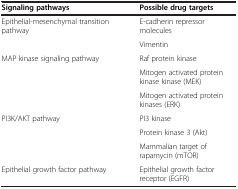
<table><thead><tr><td><b>Signaling pathways</b></td><td><b>Possible drug targets</b></td></tr></thead><tbody><tr><td rowspan="2">Epithelial-mesenchymal transition pathway</td><td>E-cadherin repressor molecules</td></tr><tr><td>Vimentin</td></tr><tr><td rowspan="3">MAP kinase signaling pathway</td><td>Raf protein kinase</td></tr><tr><td>Mitogen activated protein kinase kinase (MEK)</td></tr><tr><td>Mitogen activated protein kinases (ERK)</td></tr><tr><td rowspan="3">PI3K/AKT pathway</td><td>PI3 kinase</td></tr><tr><td>Protein kinase 3 (Akt)</td></tr><tr><td>Mammalian target of rapamycin (mTOR)</td></tr><tr><td>Epithelial growth factor pathway</td><td>Epithelial growth factor receptor (EGFR)</td></tr></tbody></table>